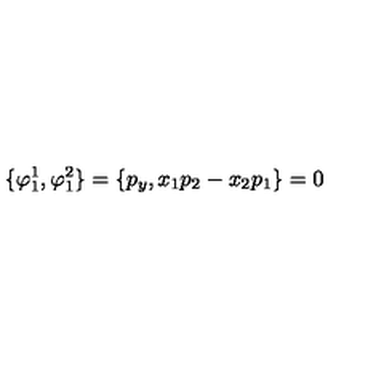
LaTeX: \{ \varphi _ { 1 } ^ { 1 } , \varphi _ { 1 } ^ { 2 } \} = \{ p _ { y } , x _ { 1 } p _ { 2 } - x _ { 2 } p _ { 1 } \} = 0